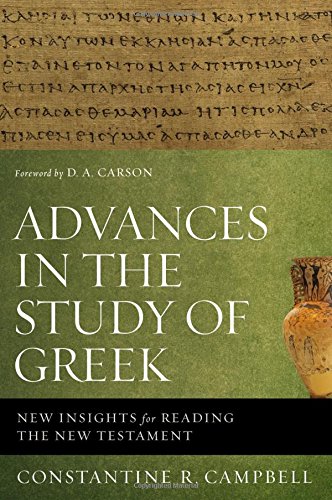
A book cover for Advances in the Study of Greek: New Insights for Reading the New Testament; Constantine R. Campbell; Christian Books & Bibles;